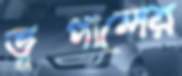
ভূপালের